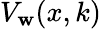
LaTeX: V_{\mathbf{w}}(x,k)